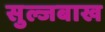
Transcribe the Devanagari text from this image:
सुल्जबाख